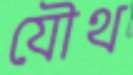
যৌথ